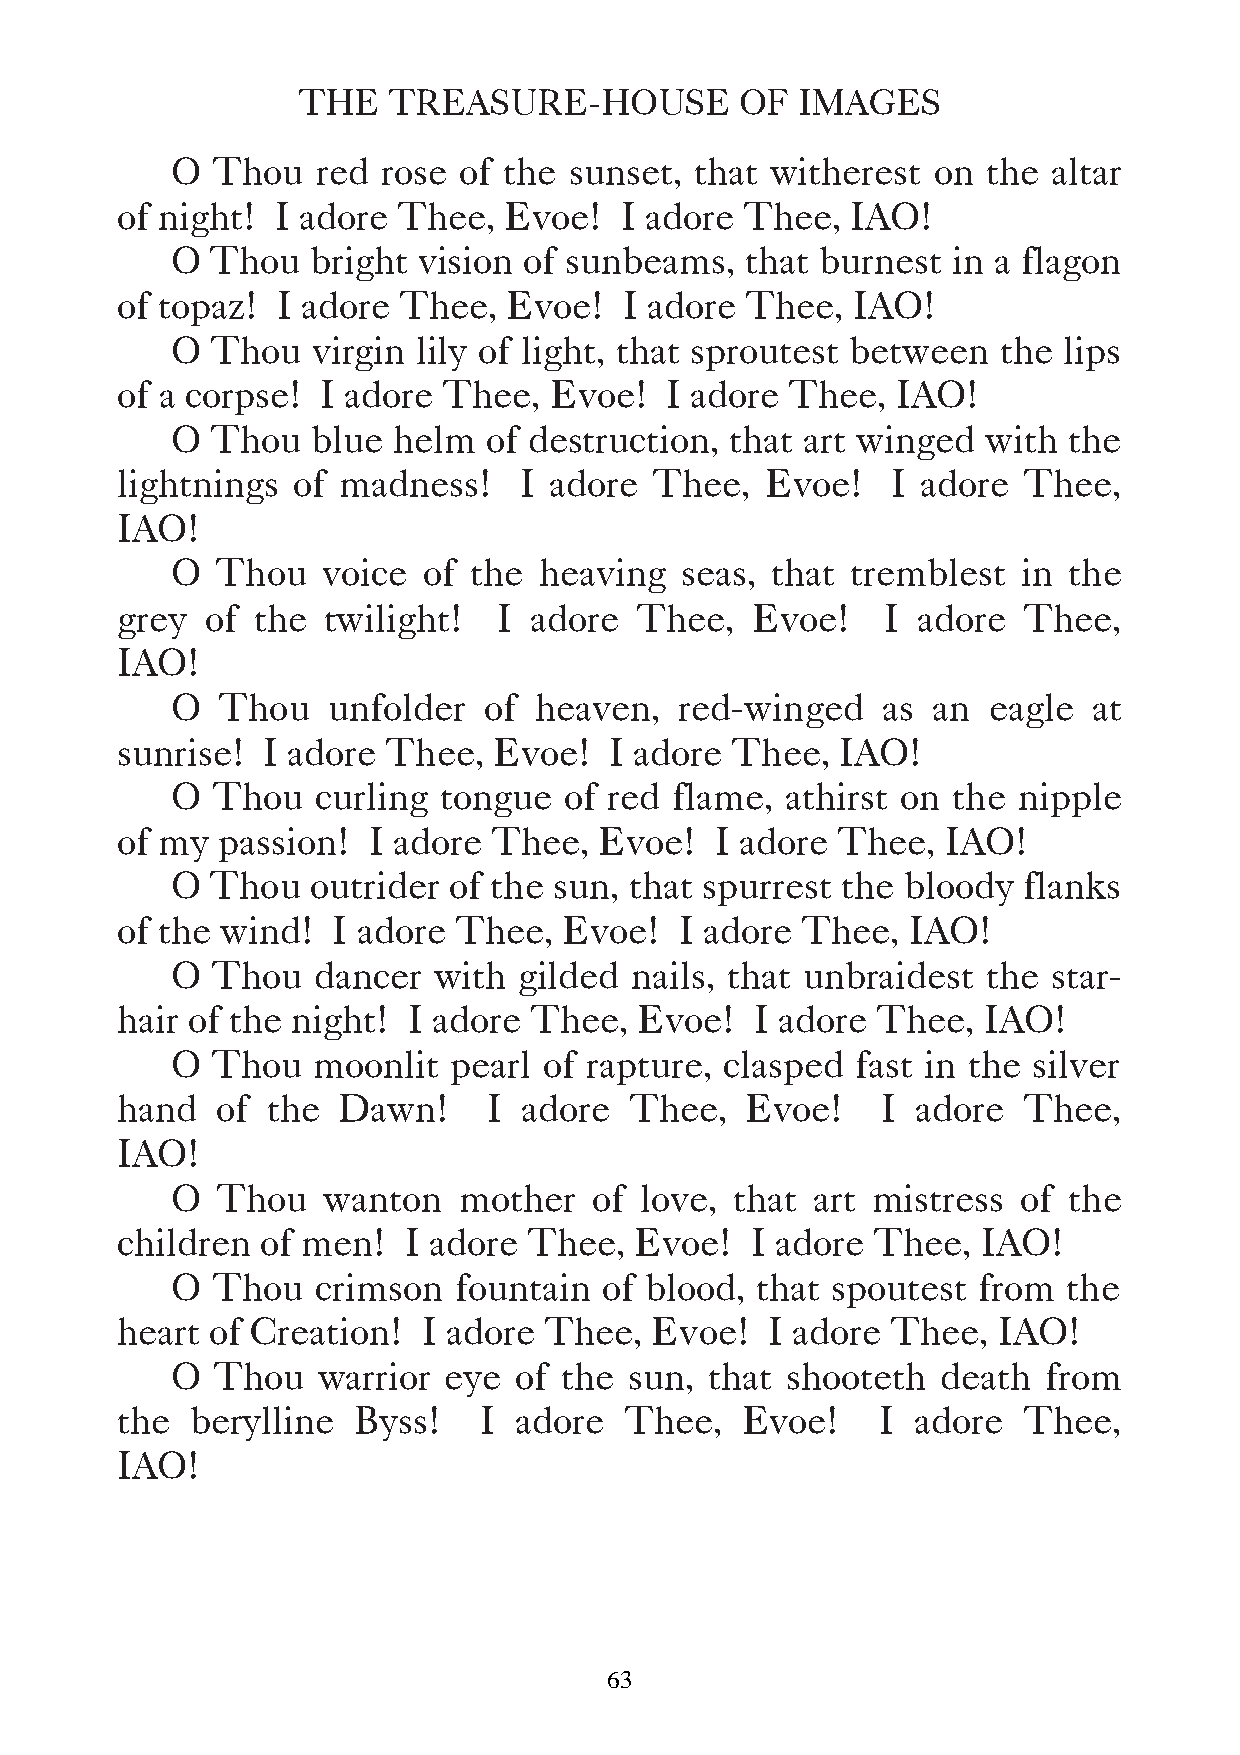
THE   TREASURE-HOUSE         OF  IMAGES
 O  Thou   red rose of the  sunset, that witherest  on the  altar
 of night! I adore Thee,  Evoe!   I adore Thee,  IAO!
 O  Thou   bright vision of sunbeams,  that burnest  in a flagon
 of topaz! I adore Thee,   Evoe!  I adore Thee,  IAO!
 O  Thou   virgin lily of light, that sproutest between the lips
 of a corpse! I adore Thee,  Evoe!   I adore Thee,  IAO!
 O  Thou   blue helm  of destruction, that art winged  with  the
 lightnings of madness!    I adore  Thee,   Evoe!   I adore  Thee,
 IAO!
 O  Thou   voice  of the  heaving  seas, that tremblest   in the
 grey  of the twilight!   I adore  Thee,   Evoe!    I adore  Thee,
 IAO!
 O  Thou    unfolder  of heaven,   red-winged   as  an eagle  at
 sunrise! I adore  Thee,  Evoe!  I adore Thee,   IAO!
 O  Thou   curling tongue  of red  flame, athirst on the nipple
 of my passion!  I adore  Thee,  Evoe!  I adore Thee,   IAO!
 O  Thou   outrider of the sun, that spurrest the bloody  flanks
 of the wind!  I adore Thee,  Evoe!   I adore Thee,  IAO!
 O  Thou   dancer  with gilded  nails, that unbraidest the  star-
 hair of the night! I adore Thee,  Evoe!   I adore Thee,  IAO!
 O  Thou   moonlit  pearl of rapture, clasped  fast in the silver
 hand  of  the Dawn!     I adore   Thee,  Evoe!    I  adore  Thee,
 IAO!
 O  Thou   wanton   mother   of love,  that art mistress  of the
 children of men!   I adore Thee,  Evoe!   I adore Thee,  IAO!
 O  Thou   crimson  fountain  of blood, that spoutest  from  the
 heart of Creation!  I adore Thee,  Evoe!   I adore Thee,  IAO!
 O  Thou   warrior eye  of the  sun, that shooteth  death  from
 the  berylline Byss!    I adore  Thee,   Evoe!    I  adore  Thee,
 IAO!
 63